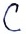
Text: C